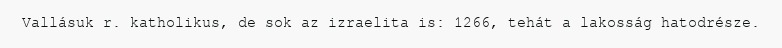
Vallásuk r. katholikus, de sok az izraelita is: 1266, tehát a lakosság hatodrésze.